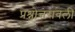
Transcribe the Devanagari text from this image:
प्रश्नोत्तरावली